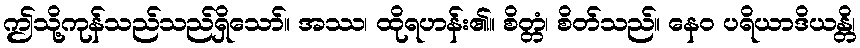
ဤသို့ကုန်သည်သည်ရှိသော်။ အဿ၊ ထိုရဟန်း၏။ စိတ္တံ၊ စိတ်သည်။ နေဝ ပရိယာဒိယန္တိ၊